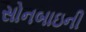
સોનબાઇની